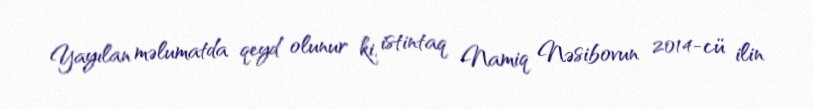
Yayılan məlumatda qeyd olunur ki, istintaq Namiq Nəsibovun 2014-cü ilin